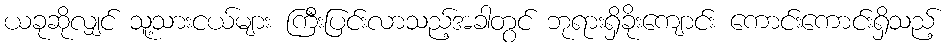
ယခုဆိုလျှင် သူ့သားငယ်များ ကြီးပြင်းလာသည့်အခါတွင် ဘုရားရှိခိုးကျောင်း ကောင်းကောင်းရှိသည့်